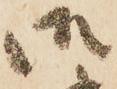
御